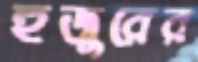
হুজুরের